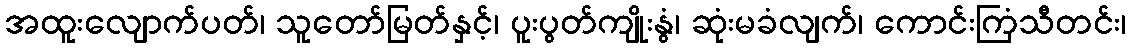
အထူးလျောက်ပတ်၊ သူတော်မြတ်နှင့်၊ ပူးပွတ်ကျိုးနွံ၊ ဆုံးမခံလျက်၊ ကောင်းကြံသီတင်း၊